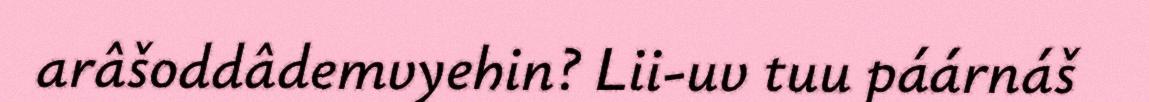
arâšoddâdemvyehin? Lii-uv tuu páárnáš